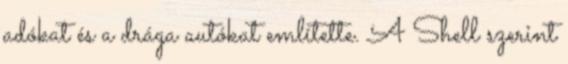
adókat és a drága autókat említette. A Shell szerint